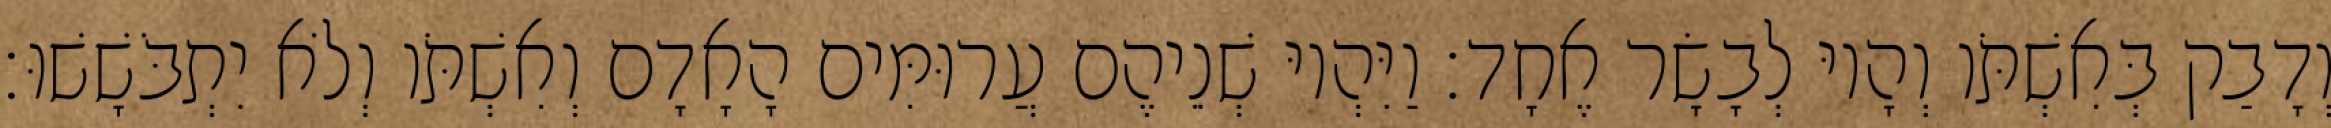
וְדָבַק בְּאִשְׁתֹּו וְהָיוּ לְבָשָׂר אֶחָד׃ וַיִּהְיוּ שְׁנֵיהֶם עֲרוּמִּים הָאָדָם וְאִשְׁתֹּו וְלֹא יִתְבֹּשָׁשׁוּ׃